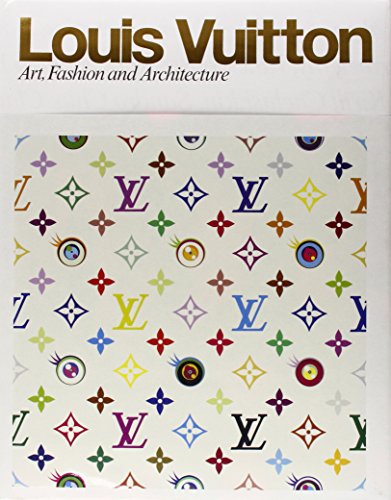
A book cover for Louis Vuitton: Art, Fashion and Architecture; Arts & Photography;